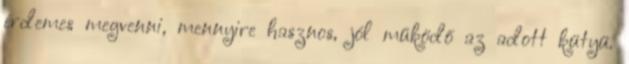
érdemes megvenni, mennyire hasznos, jól működő az adott kütyü.